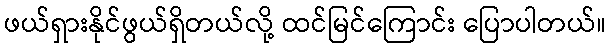
ဖယ်ရှားနိုင်ဖွယ်ရှိတယ်လို့ ထင်မြင်ကြောင်း ပြောပါတယ်။